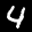
Label: 4